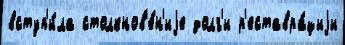
вступ'и́ла столкнов'е́н'иjе долг'и р'еставра́циjи